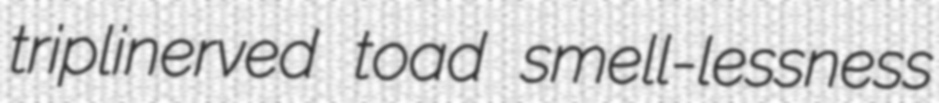
triplinerved toad smell-lessness